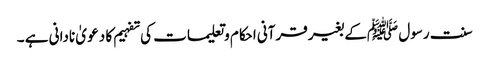
سنت رسول ﷺکے بغیر قرآنی احکام وتعلیمات کی تفہیم کا دعو یٰ نادانی ہے ۔